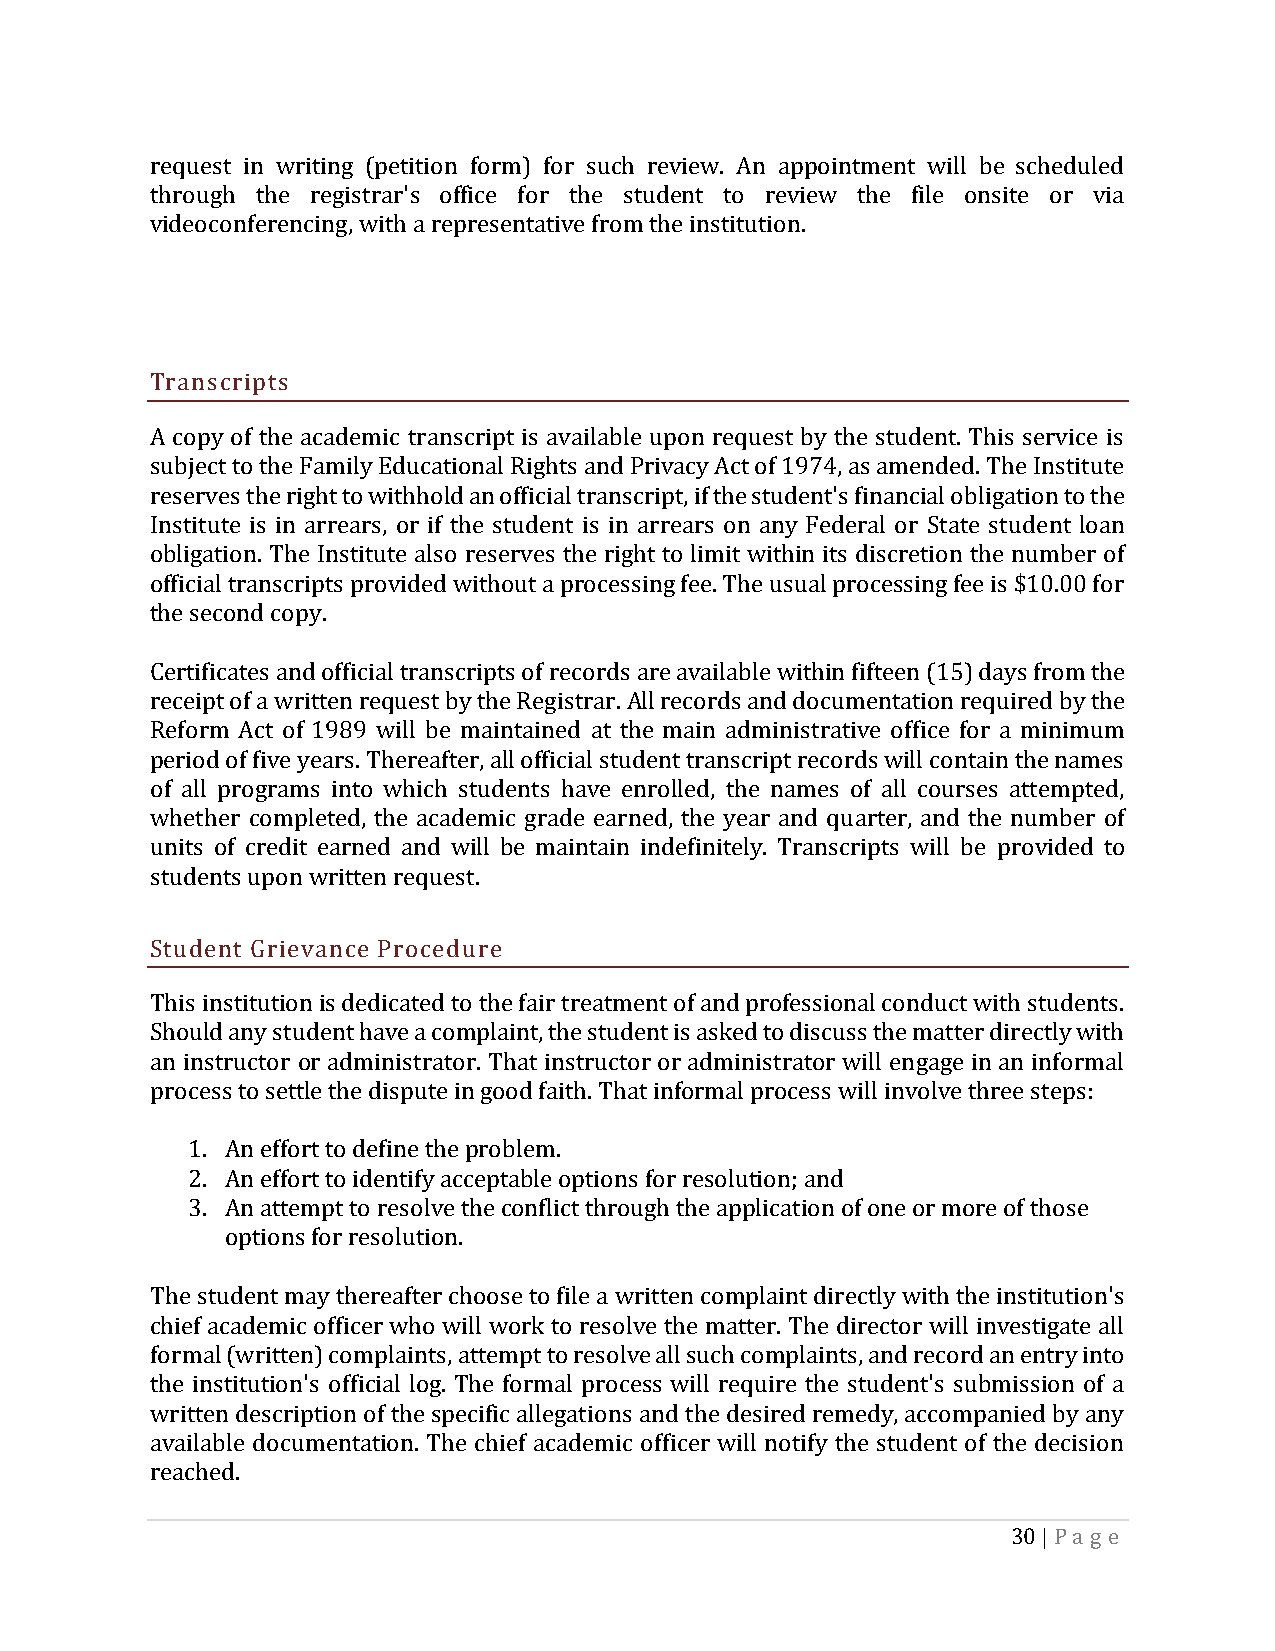
request in writing (petition form) for such review. An appointment will be scheduled
 through the registrar's office for the student to review the file onsite or via
 videoconferencing, with a representative from the institution.
 Transcripts
 A copy of the academic transcript is available upon request by the student. This service is
 subject to the Family Educational Rights and Privacy Act of 1974, as amended. The Institute
 reserves the right to withhold an official transcript, if the student's financial obligation to the
 Institute is in arrears, or if the student is in arrears on any Federal or State student loan
 obligation. The Institute also reserves the right to limit within its discretion the number of
 official transcripts provided without a processing fee. The usual processing fee is $10.00 for
 the second copy.
 Certificates and official transcripts of records are available within fifteen (15) days from the
 receipt of a written request by the Registrar. All records and documentation required by the
 Reform Act of 1989 will be maintained at the main administrative office for a minimum
 period of five years. Thereafter, all official student transcript records will contain the names
 of all programs into which students have enrolled, the names of all courses attempted,
 whether completed, the academic grade earned, the year and quarter, and the number of
 units of credit earned and will be maintain indefinitely. Transcripts will be provided to
 students upon written request.
 Student Grievance Procedure
 This institution is dedicated to the fair treatment of and professional conduct with students.
 Should any student have a complaint, the student is asked to discuss the matter directly with
 an instructor or administrator. That instructor or administrator will engage in an informal
 process to settle the dispute in good faith. That informal process will involve three steps:
 1. An effort to define the problem.
 2. An effort to identify acceptable options for resolution; and
 3. An attempt to resolve the conflict through the application of one or more of those
 options for resolution.
 The student may thereafter choose to file a written complaint directly with the institution's
 chief academic officer who will work to resolve the matter. The director will investigate all
 formal (written) complaints, attempt to resolve all such complaints, and record an entry into
 the institution's official log. The formal process will require the student's submission of a
 written description of the specific allegations and the desired remedy, accompanied by any
 available documentation. The chief academic officer will notify the student of the decision
 reached.
 30 | Pa g e